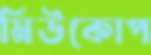
মিউকোপ